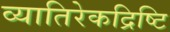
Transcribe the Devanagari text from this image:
व्यातिरेकद्रिष्टि